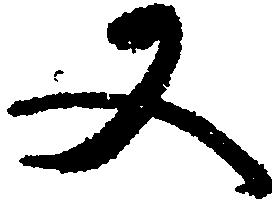
又